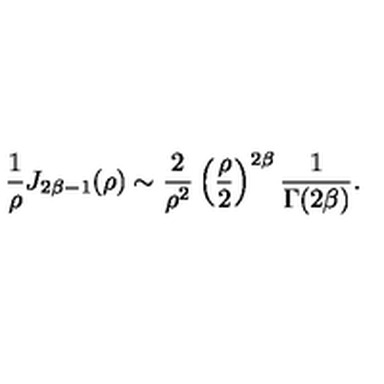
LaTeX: { \frac { 1 } { \rho } } J _ { 2 \beta - 1 } ( \rho ) \sim { \frac { 2 } { \rho ^ { 2 } } } \left( { \frac { \rho } { 2 } } \right) ^ { 2 \beta } { \frac { 1 } { \Gamma ( 2 \beta ) } } .